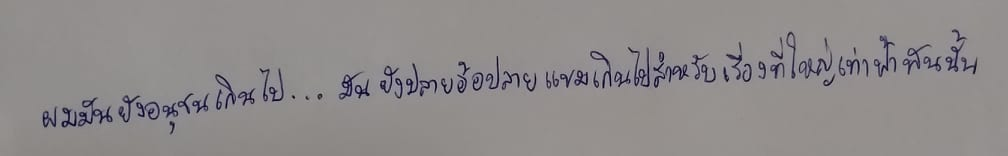
ผมมันยังอนุชนเกินไป...มันยังปลายอ้อปลายแขมเกินไปสำหรับเรื่องที่ใหญ่เท่าฟ้าพันนั้น